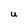
Character: U